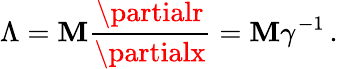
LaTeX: \Lambda=\mathbf{M}\frac{{\partialr}}{{\partialx}}=\mathbf{M}\gamma^{-1}\, .